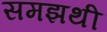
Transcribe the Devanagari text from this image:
समझथी